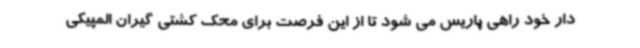
دار خود راهی پاریس می شود تا از این فرصت برای محک کشتی گیران المپیکی